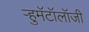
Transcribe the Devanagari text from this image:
ऱ्हुमॅटॉलॉजी